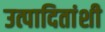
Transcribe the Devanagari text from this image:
उत्पादितांशी